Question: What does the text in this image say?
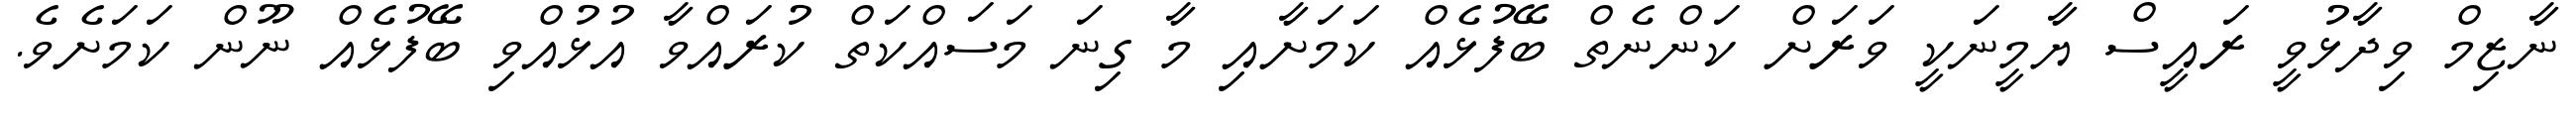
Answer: ނާޒިމް ވިދާޅުވީ ރައީސް ޔާމީނަކީ ވަރަށް ކަންނެތް ބޭފުޅެއް ކަމަށާއި މާ ގިނަ މަސައްކަތް ކުރައްވާ އުޅުއްވި ބޭފުޅެއް ނޫން ކަމަށެވެ.